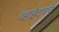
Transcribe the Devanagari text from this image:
व्हाईटचर्च